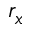
r _ { x }